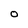
Character: O